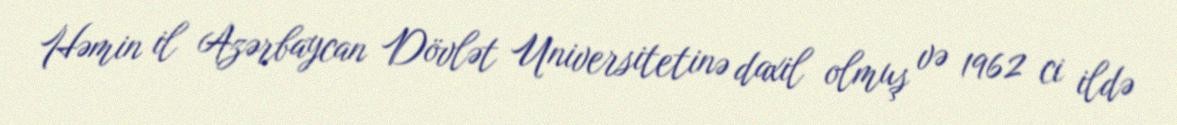
Həmin il Azərbaycan Dövlət Universitetinə daxil olmuş və 1962 ci ildə